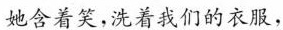
她含着笑，洗着我们的衣服，